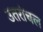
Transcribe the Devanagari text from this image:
उतरांचल